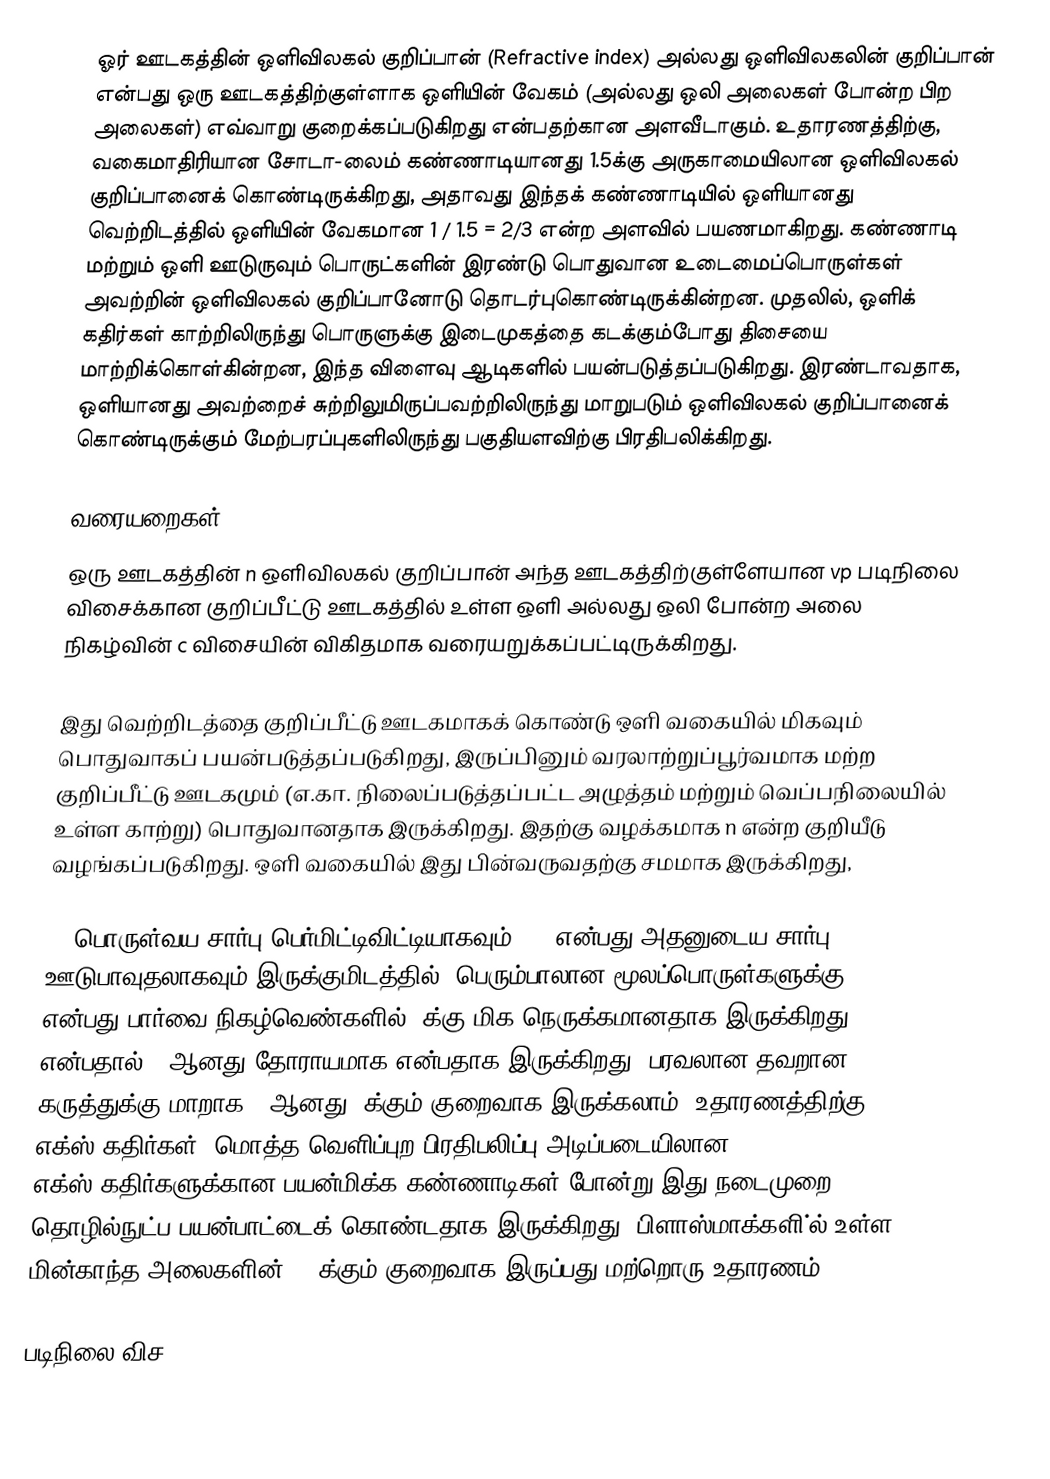
ஓர் ஊடகத்தின் ஒளிவிலகல் குறிப்பான் (Refractive index) அல்லது ஒளிவிலகலின் குறிப்பான் என்பது ஒரு ஊடகத்திற்குள்ளாக ஒளியின் வேகம் (அல்லது ஒலி அலைகள் போன்ற பிற அலைகள்) எவ்வாறு குறைக்கப்படுகிறது என்பதற்கான அளவீடாகும். உதாரணத்திற்கு, வகைமாதிரியான சோடா-லைம் கண்ணாடியானது 1.5க்கு அருகாமையிலான ஒளிவிலகல் குறிப்பானைக் கொண்டிருக்கிறது, அதாவது இந்தக் கண்ணாடியில் ஒளியானது வெற்றிடத்தில் ஒளியின் வேகமான 1 / 1.5 = 2/3 என்ற அளவில் பயணமாகிறது. கண்ணாடி மற்றும் ஒளி ஊடுருவும் பொருட்களின் இரண்டு பொதுவான உடைமைப்பொருள்கள் அவற்றின் ஒளிவிலகல் குறிப்பானோடு தொடர்புகொண்டிருக்கின்றன. முதலில், ஒளிக் கதிர்கள் காற்றிலிருந்து பொருளுக்கு இடைமுகத்தை கடக்கும்போது திசையை மாற்றிக்கொள்கின்றன, இந்த விளைவு ஆடிகளில் பயன்படுத்தப்படுகிறது. இரண்டாவதாக, ஒளியானது அவற்றைச் சுற்றிலுமிருப்பவற்றிலிருந்து மாறுபடும் ஒளிவிலகல் குறிப்பானைக் கொண்டிருக்கும் மேற்பரப்புகளிலிருந்து பகுதியளவிற்கு பிரதிபலிக்கிறது.

வரையறைகள்
ஒரு ஊடகத்தின் n ஒளிவிலகல் குறிப்பான் அந்த ஊடகத்திற்குள்ளேயான vp படிநிலை விசைக்கான குறிப்பீட்டு ஊடகத்தில் உள்ள ஒளி அல்லது ஒலி போன்ற அலை நிகழ்வின் c விசையின் விகிதமாக வரையறுக்கப்பட்டிருக்கிறது.

இது வெற்றிடத்தை குறிப்பீட்டு ஊடகமாகக் கொண்டு ஒளி வகையில் மிகவும் பொதுவாகப் பயன்படுத்தப்படுகிறது, இருப்பினும் வரலாற்றுப்பூர்வமாக மற்ற குறிப்பீட்டு ஊடகமும் (எ.கா. நிலைப்படுத்தப்பட்ட அழுத்தம் மற்றும் வெப்பநிலையில் உள்ள காற்று) பொதுவானதாக இருக்கிறது. இதற்கு வழக்கமாக n என்ற குறியீடு வழங்கப்படுகிறது. ஒளி வகையில் இது பின்வருவதற்கு சமமாக இருக்கிறது,

εr பொருள்வய சார்பு பெர்மிட்டிவிட்டியாகவும், μr என்பது அதனுடைய சார்பு ஊடுபாவுதலாகவும் இருக்குமிடத்தில். பெரும்பாலான மூலப்பொருள்களுக்கு μr என்பது பார்வை நிகழ்வெண்களில் 1க்கு மிக நெருக்கமானதாக இருக்கிறது என்பதால் n ஆனது தோராயமாக  என்பதாக இருக்கிறது. பரவலான தவறான கருத்துக்கு மாறாக n ஆனது 1க்கும் குறைவாக இருக்கலாம், உதாரணத்திற்கு எக்ஸ்-கதிர்கள். மொத்த வெளிப்புற பிரதிபலிப்பு அடிப்படையிலான எக்ஸ்-கதிர்களுக்கான பயன்மிக்க கண்ணாடிகள் போன்று இது நடைமுறை தொழில்நுட்ப பயன்பாட்டைக் கொண்டதாக இருக்கிறது. பிளாஸ்மாக்களி்ல் உள்ள மின்காந்த அலைகளின் n 1க்கும் குறைவாக இருப்பது மற்றொரு உதாரணம்.

படிநிலை விச